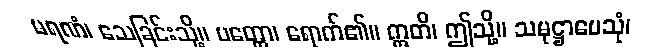
မရဏံ၊ သေခြင်းသို့။ ပတ္တော၊ ရောက်၏။ ဣတိ၊ ဤသို့။ သမုဋ္ဌာပေသုံ၊